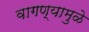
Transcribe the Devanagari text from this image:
वागण्यामुळे